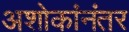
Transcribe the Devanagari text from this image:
अशोकांनंतर